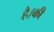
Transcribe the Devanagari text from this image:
है।की